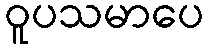
ဝူပသမာပေ